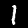
Label: 1